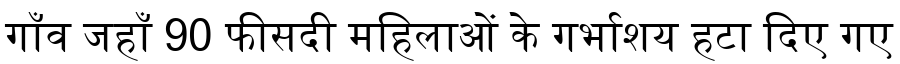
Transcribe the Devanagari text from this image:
गाँव जहाँ 90 फीसदी महिलाओं के गर्भाशय हटा दिए गए